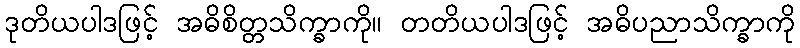
ဒုတိယပါဒဖြင့် အဓိစိတ္တသိက္ခာကို။ တတိယပါဒဖြင့် အဓိပညာသိက္ခာကို